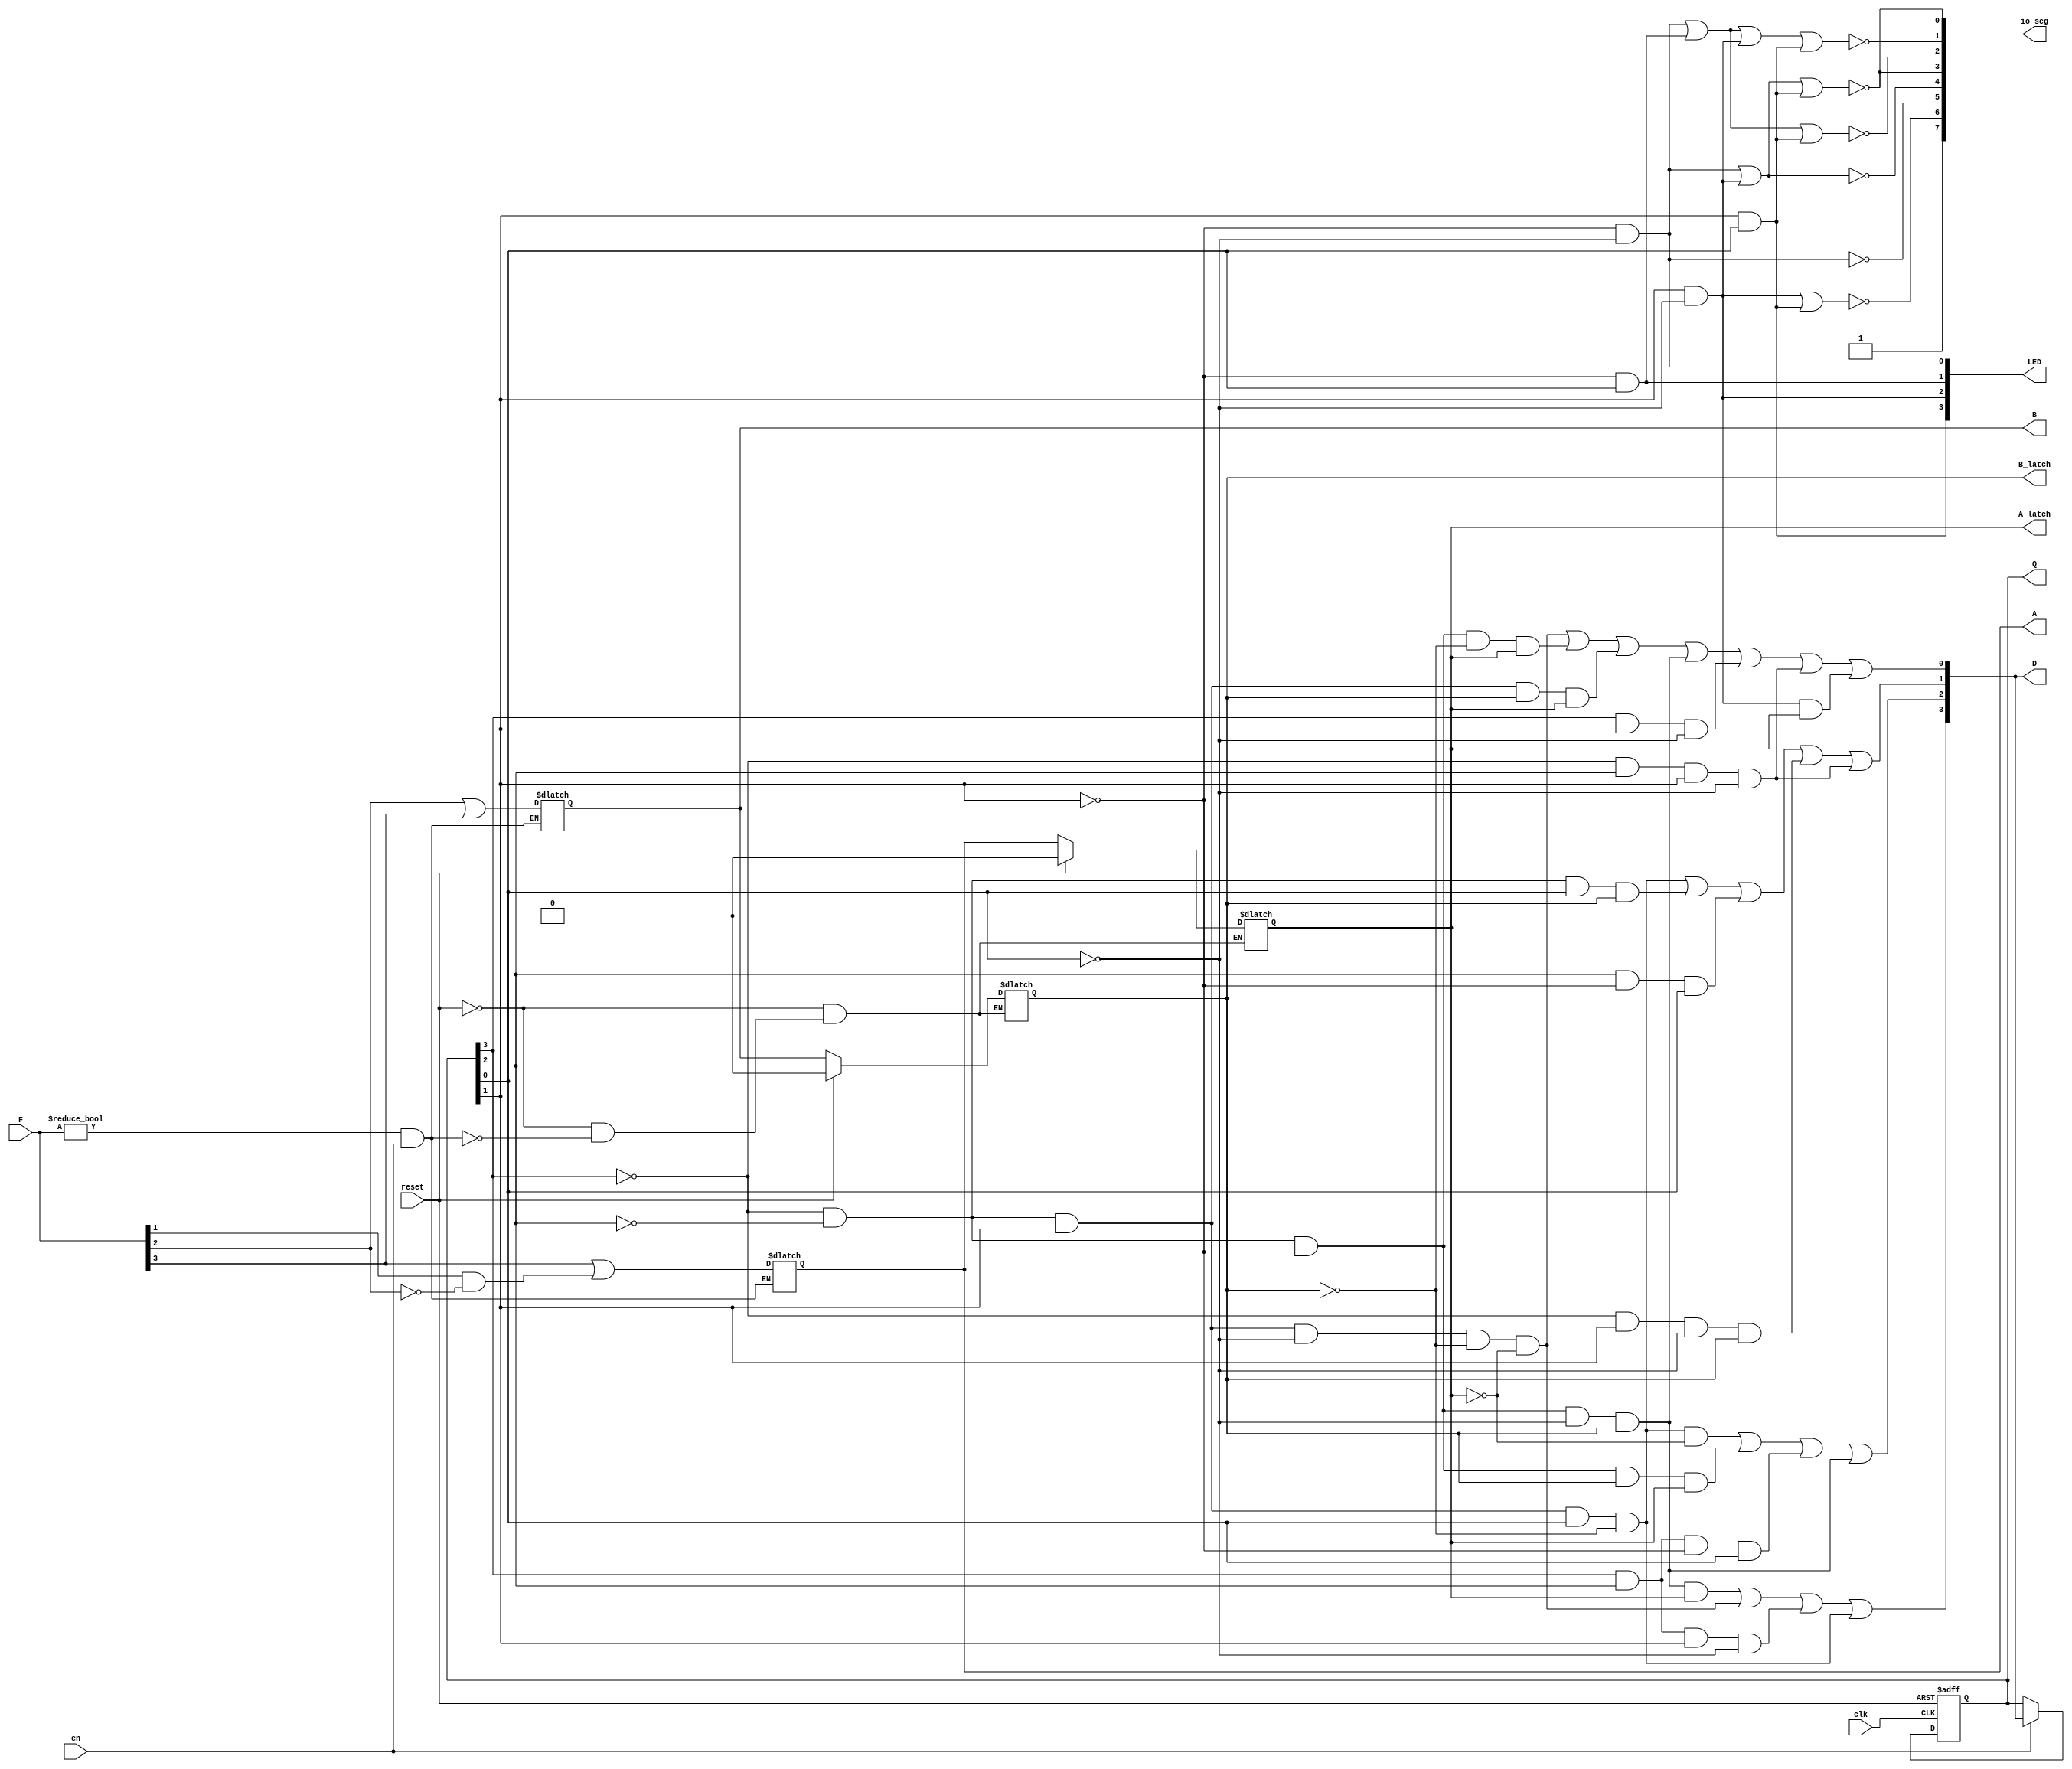
module elevator (
    clk,
    reset,
    en,
    F,
    D,
    Q,
    A,
    B,
    A_latch,
    B_latch,
    LED,
    io_seg
);


input clk;
input reset;
input en;
input [3:0] F;
output [3:0] D;
wire [3:0] D;
output [3:0] Q;
reg [3:0] Q;
output A;
reg A;
output B;
reg B;
output A_latch;
reg A_latch;
output B_latch;
reg B_latch;
output [3:0] LED;
wire [3:0] LED;
output [7:0] io_seg;
wire [7:0] io_seg;






always @(en, F) begin: ELEVATOR_ENCODER
    if (((F != 0) && en)) begin
        A = ((F[3] || (F[1] && (!F[2]))) != 0);
        B = ((F[2] || F[3]) != 0);
    end
end


always @(reset, A, B, en, F) begin: ELEVATOR_LATCH
    if (reset) begin
        A_latch = (1'b0 != 0);
        B_latch = (1'b0 != 0);
    end
    else if (((F != 0) && en)) begin
        A_latch = A;
        B_latch = B;
    end
end



assign D = {((((!Q[3]) && (!Q[2]) && (!Q[1]) && (!Q[0]) && B_latch && A_latch) || ((!Q[3]) && (!Q[2]) && Q[1] && (!Q[0]) && (!B_latch) && (!A_latch)) || (Q[3] && Q[2] && Q[1] && (!Q[0])) || ((!Q[3]) && (!Q[2]) && Q[1] && Q[0] && (!B_latch))) != 0), ((((!Q[3]) && (!Q[2]) && Q[1] && Q[0] && (!B_latch) && (!A_latch)) || ((!Q[3]) && (!Q[2]) && (!Q[1]) && B_latch && A_latch) || (Q[3] && Q[2] && (!Q[1]) && Q[0]) || ((!Q[3]) && (!Q[2]) && (!Q[1]) && (!Q[0]) && B_latch)) != 0), ((((!Q[3]) && (!Q[2]) && Q[1] && Q[0] && (!B_latch)) || ((!Q[3]) && (!Q[2]) && Q[0] && B_latch) || (Q[2] && (!Q[1]) && Q[0]) || ((!Q[3]) && Q[1] && (!Q[0]) && B_latch) || ((!Q[3]) && Q[2] && Q[1] && (!Q[0]))) != 0), ((((!Q[3]) && (!Q[2]) && Q[1] && (!Q[0]) && (!B_latch) && (!A_latch)) || ((!Q[3]) && (!Q[2]) && (!Q[1]) && (!B_latch) && A_latch) || ((!Q[3]) && (!Q[2]) && Q[1] && B_latch && A_latch) || ((!Q[3]) && (!Q[2]) && (!Q[1]) && (!Q[0]) && B_latch) || (Q[3] && Q[1] && (!Q[0])) || ((!Q[3]) && Q[2] && Q[1] && (!Q[0])) || (Q[1] && (!Q[0]) && A_latch)) != 0)};


always @(posedge clk, posedge reset) begin: ELEVATOR_DFF
    if (reset == 1) begin
        Q <= 0;
    end
    else begin
        if (en) begin
            Q <= D;
        end
    end
end



assign LED = {((Q[1] && Q[0]) != 0), ((Q[1] && (!Q[0])) != 0), (((!Q[1]) && Q[0]) != 0), (((!Q[1]) && (!Q[0])) != 0)};
assign io_seg[0] = ~(LED[0] | LED[2] | LED[3]);
assign io_seg[1] = ~(LED[0] | LED[1] | LED[2] | LED[3]);
assign io_seg[2] = ~(LED[0] | LED[1] | LED[3]);
assign io_seg[3] = ~(LED[0] | LED[2] | LED[3]);
assign io_seg[4] = ~(LED[0] | LED[2]);
assign io_seg[5] = ~(LED[0]);
assign io_seg[6] = ~(LED[2] | LED[3]);
assign io_seg[7] = 1'b1;

endmodule